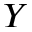
Y